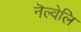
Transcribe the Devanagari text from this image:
नॆल्वेलि